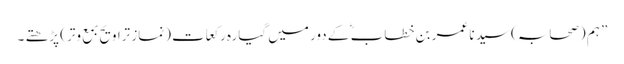
” ہم (صحابہ) سید نا عمر بن خطاب ؓ کے دور میں گیارہ رکعات (نمازِ تراویح بمع وتر) پڑھتے ۔